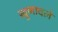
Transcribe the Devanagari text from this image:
खुणावले